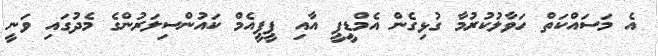
އެ މަސައްކަތް ހަވާލުކުރުމާ ގުޅިގެން އެމްޑީޕީ އާއި ޕީޕީއެމް ކައުންސިލަރުންގެ މެދުގައި ވަނީ